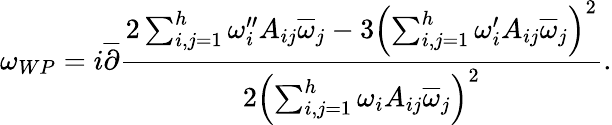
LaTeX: \omega_{WP}=i\overline{{\partial}}{\frac{2\sum_{i,j=1}^{h}\omega_{i}^{\prime\prime}A_{ij}\overline{{\omega}}_{j}-3\left(\sum_{i,j=1}^{h}\omega_{i}^{\prime}A_{ij}\overline{{\omega}}_{j}\right)^{2}}{2\left(\sum_{i,j=1}^{h}\omega_{i}A_{ij}\overline{{\omega}}_{j}\right)^{2}}}.